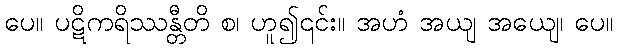
ပေ။ ပဋိကရိဿန္တီတိ စ၊ ဟူ၍၎င်း။ အဟံ အယျ အယျေ၊ ပေ။